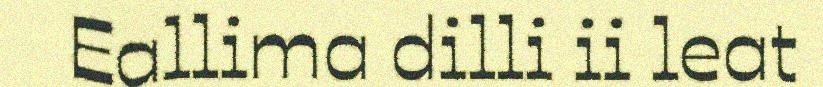
Eallima dilli ii leat